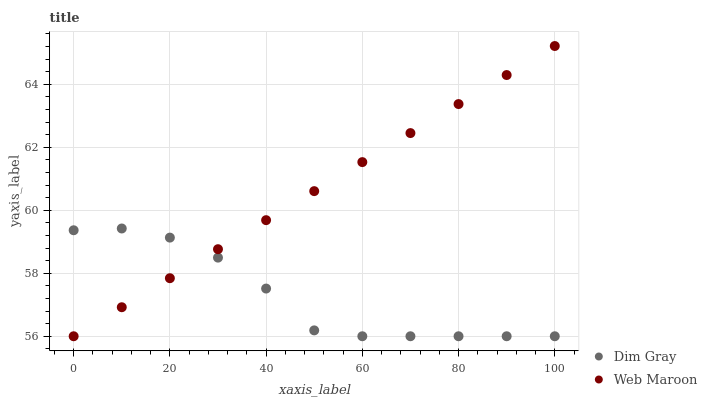
| xaxis_label | Dim Gray | Web Maroon |
 | --- | --- | --- |
 | 0 | 59.4 | 56 |
 | 10 | 59.4 | 56.9 |
 | 20 | 59.1 | 57.8 |
 | 30 | 58.5 | 58.8 |
 | 40 | 57.5 | 59.7 |
 | 50 | 56.2 | 60.6 |
 | 60 | 56 | 61.5 |
 | 70 | 56 | 62.4 |
 | 80 | 56 | 63.4 |
 | 90 | 56 | 64.3 |
 | 100 | 56 | 65.2 |